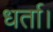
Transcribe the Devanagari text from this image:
धर्ता।